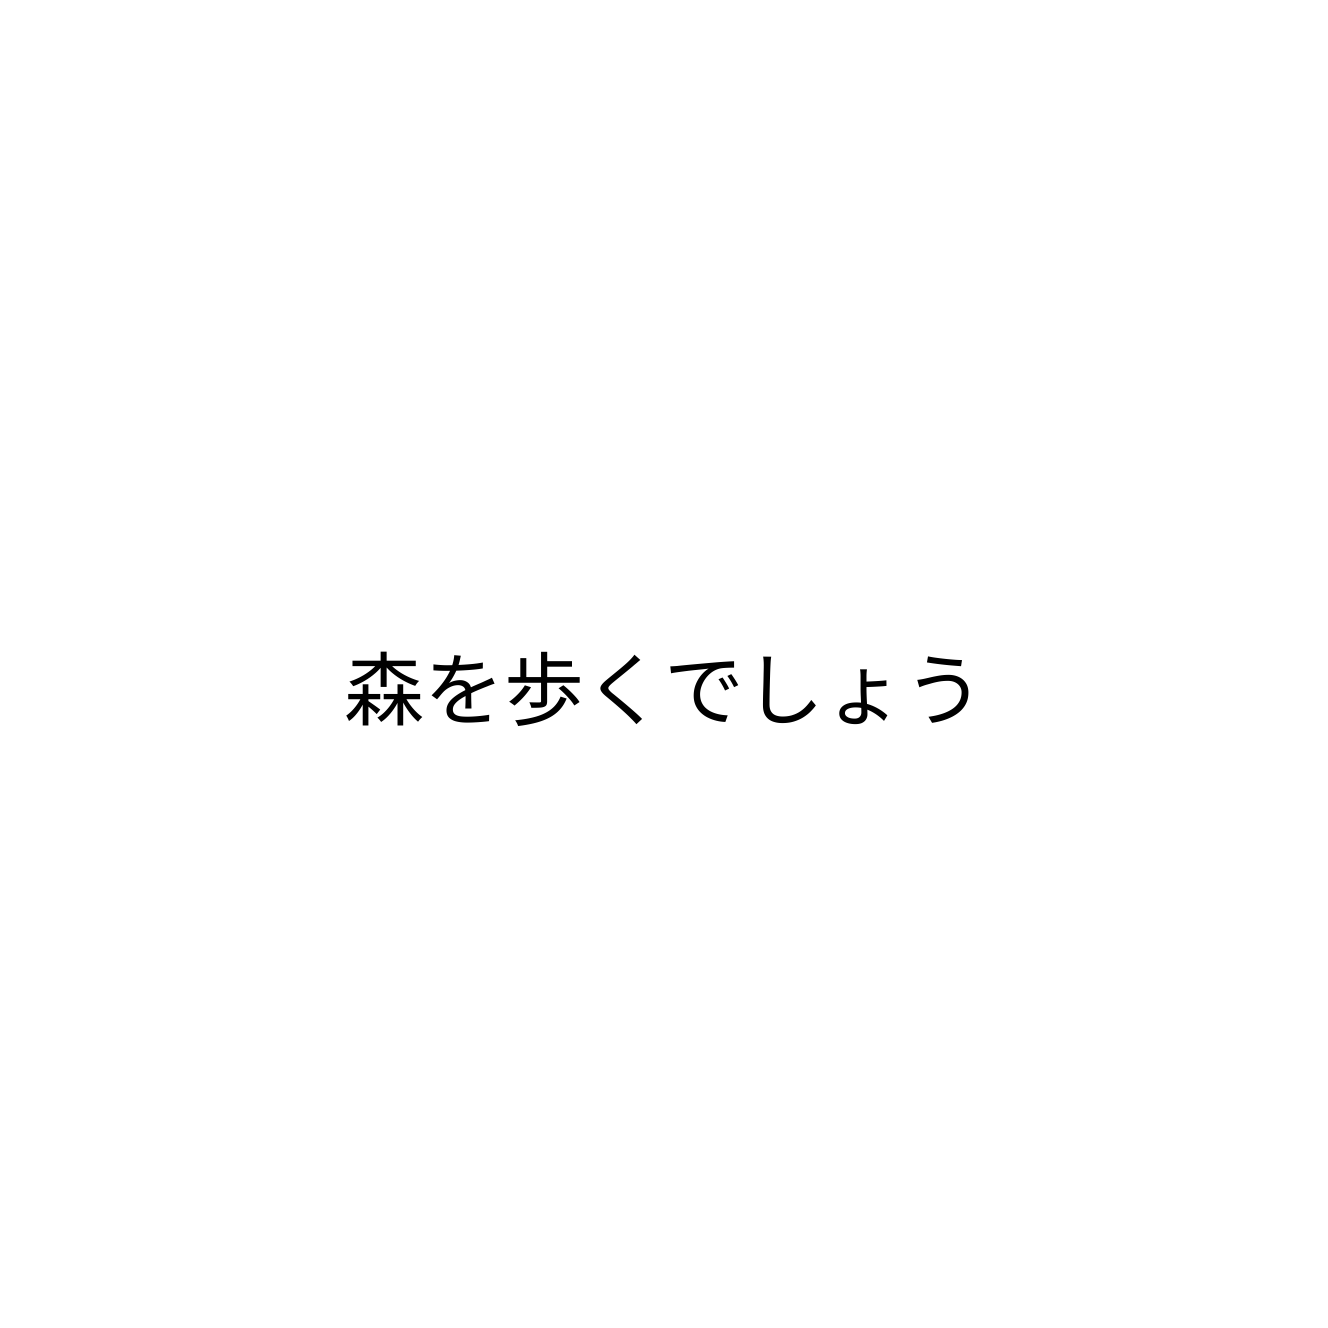
森を歩くでしょう